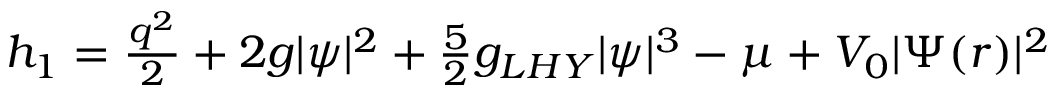
\begin{array} { r } { h _ { 1 } = \frac { q ^ { 2 } } { 2 } + 2 g | \psi | ^ { 2 } + \frac { 5 } { 2 } g _ { L H Y } | \psi | ^ { 3 } - \mu + V _ { 0 } | \Psi ( r ) | ^ { 2 } } \end{array}